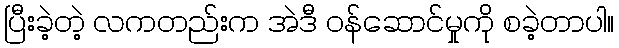
ပြီးခဲ့တဲ့ လကတည်းက အဲဒီ ဝန်ဆောင်မှုကို စခဲ့တာပါ။